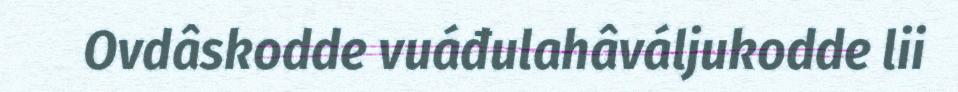
Ovdâskodde vuáđulahâváljukodde lii